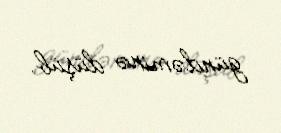
gündəminə düşüb.